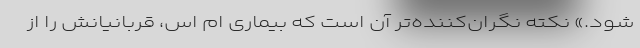
‌شود.» نکته نگران‌کننده‌تر آن است که بیماری ام اس، قربانیانش را از